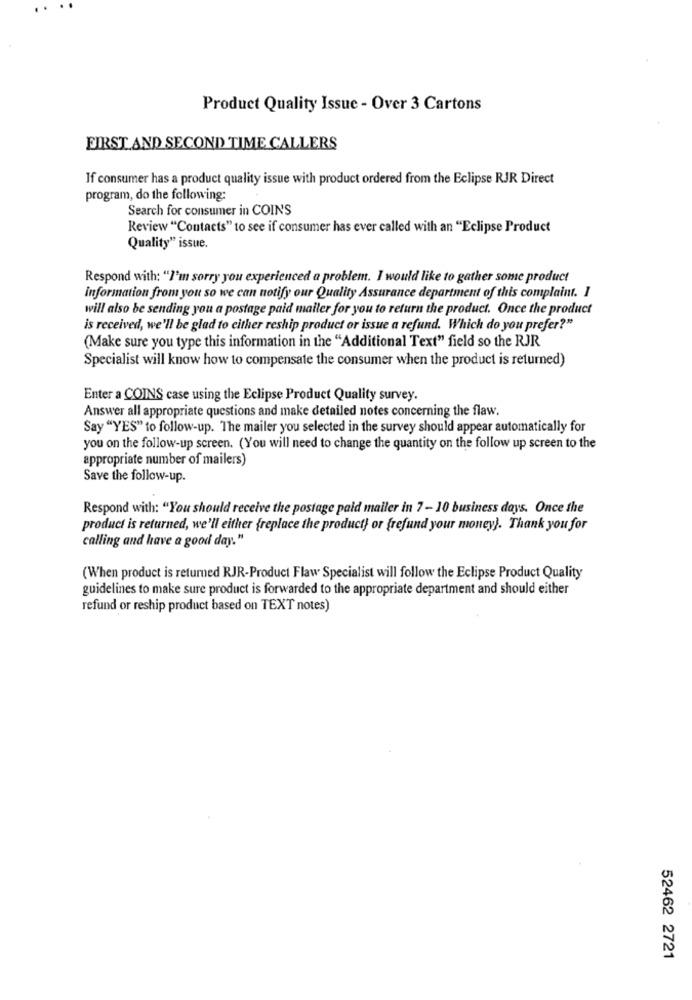
Product Quality Issue - Over 3 Cartons
FIRST AND SECOND TIME CALLERS
If consumer has a product quality issue with product ordered from the Eclipse RJR Direct
program, do the following:
Search for consumer in COINS
Review "Contacts" to see if consumer has ever called with an "Eclipse Product
Quality" issue.
Respond with: "I'm sorry you experienced a problem. I would like to gather some product
information from you so we can notify our Quality Assurance department of this complaint. I
will also be sending you a postage paid mailer for you to return the product. Once the product
is received, we'll be glad to either reship product or issue a refund. Which do you prefer?"
(Make sure you type this information in the "Additional Text" field so the RJR
Specialist will know how to compensate the consumer when the product is returned)
Enter a COINS case using the Eclipse Product Quality survey.
Answer all appropriate questions and make detailed notes concerning the flaw.
Say "YES" to follow-up. The mailer you selected in the survey should appear automatically for
you on the follow-up screen. (You will need to change the quantity on the follow up screen to the
appropriate number of mailers)
Save the follow-up.
Respond with: "You should receive the postage paid mailer in 7 - 10 business days. Once the
product is returned, we'll either freplace the product} or frefund your money). Thank you for
calling and have a good day."
(When product is returned RJR-Product Flaw Specialist will follow the Eclipse Product Quality
guidelines to make sure product is forwarded to the appropriate department and should either
refund or reship product based on TEXT notes)
52462 2721